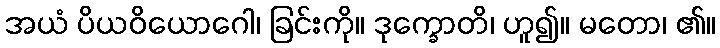
အယံ ပိယဝိယောဂေါ၊ ခြင်းကို။ ဒုက္ခောတိ၊ ဟူ၍။ မတော၊ ၏။